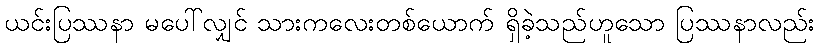
ယင်းပြဿနာ မပေါ်လျှင် သားကလေးတစ်ယောက် ရှိခဲ့သည်ဟူသော ပြဿနာလည်း